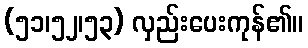
(၅၁၊၅၂၊၅၃) လှည်းပေးကုန်၏။